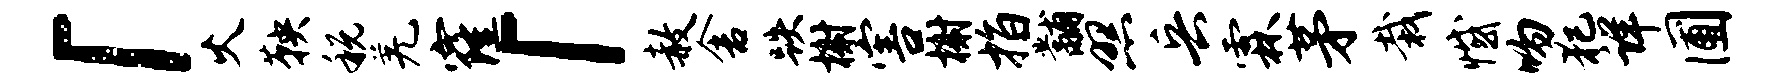
「火鞅税羌窿「赦舍跌榭害榭指黼照兵霖茅栽憾吻犯详圃